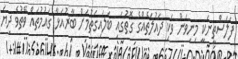
ފަލަސްތީނަކީ މިނިވަން ވަކި ދައުލަތެއްގެ ގޮތުގައި ބަލައިގަތުމަށް ބާރުއަޅާ ގައުމުތައް ވޭތުވެ ދިޔަ